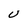
Character: U